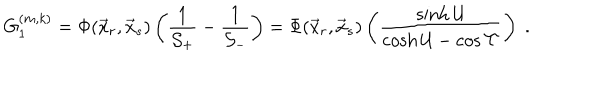
G _ { 1 } ^ { ( m , k ) } = \Phi ( \vec { x } _ { r } , \vec { x } _ { s } ) \left( \frac { 1 } { \mathcal { S } _ { + } } - \frac { 1 } { \mathcal { S } _ { - } } \right) = \Phi ( \vec { x } _ { r } , \vec { x } _ { s } ) \left( \frac { \sinh \mathcal { U } } { \cosh \mathcal { U } - \cos \mathcal { T } } \right) \; .